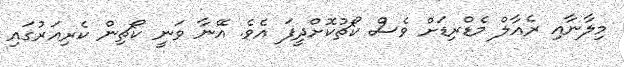
މިލާނާއި ރެއާލް މެޑްރިޑަށް ވެސް ކޯޗުކޮށްދީފަ އެވެ. އޭނާ ވަނީ ކޯޗިން ކެރިއަރުގައި